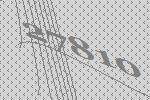
27810